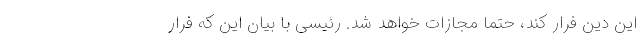
این دِین فرار کند، حتماً مجازات خواهد شد. رئیسی با بیان این که فرار